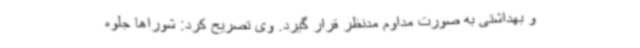
و بهداشتی به صورت مداوم مدنظر قرار گیرد. وی تصریح کرد: شوراها جلوه